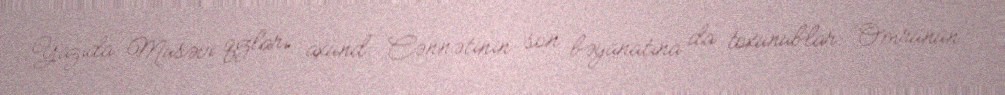
Yazıda Musəvi qızları axund Cənnətinin son bəyanatına da toxunublar: “Ömrünün